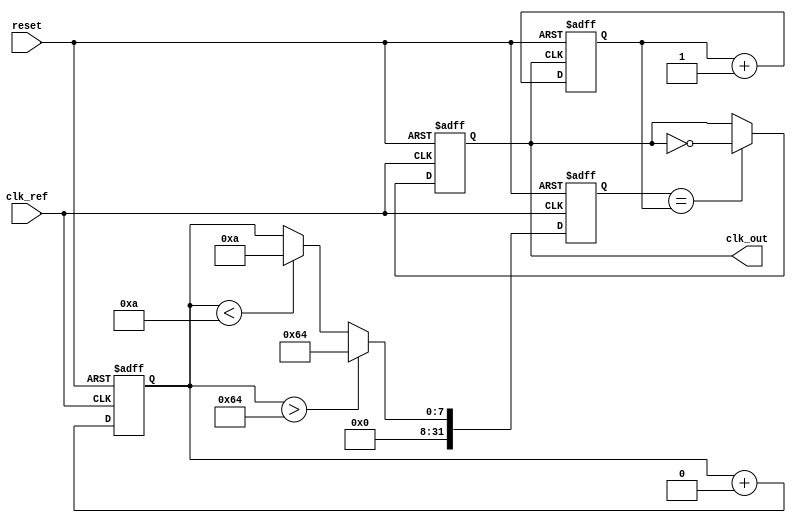
module type1_pll (
    input wire clk_ref,           // Reference clock input
    input wire reset,             // Asynchronous reset
    output reg clk_out            // Output clock
);

// Parameters
parameter integer VCO_MAX_FREQ = 100; // Maximum VCO frequency
parameter integer VCO_MIN_FREQ = 10;   // Minimum VCO frequency
parameter integer LOOP_BW = 10;        // Loop bandwidth
parameter integer PHASE_MARGIN = 5;    // Phase margin

// Internal signals
reg [7:0] phase_error;                // Phase error signal
reg [7:0] control_voltage;             // Control voltage for VCO
reg [31:0] vco_counter;                // VCO frequency divider
reg [31:0] vco_divider;                // VCO divider for output frequency
reg [31:0] feedback_counter;           // Feedback counter for phase comparison

// Phase Detector
always @(posedge clk_ref or posedge reset) begin
    if (reset) begin
        phase_error <= 0;
    end else begin
        // Simple phase detector logic
        if (vco_counter > feedback_counter) begin
            phase_error <= phase_error + 1; // Output leading
        end else if (vco_counter < feedback_counter) begin
            phase_error <= phase_error - 1; // Output lagging
        end
    end
end

// Low-Pass Filter (simple integrator)
always @(posedge clk_ref or posedge reset) begin
    if (reset) begin
        control_voltage <= 0;
    end else begin
        control_voltage <= control_voltage + (phase_error >> LOOP_BW);
    end
end

// Voltage-Controlled Oscillator (VCO)
always @(posedge clk_ref or posedge reset) begin
    if (reset) begin
        vco_counter <= VCO_MIN_FREQ; // Start at minimum frequency
        clk_out <= 0;
    end else begin
        // Adjust VCO frequency based on control voltage
        if (control_voltage > VCO_MAX_FREQ) begin
            vco_counter <= VCO_MAX_FREQ;
        end else if (control_voltage < VCO_MIN_FREQ) begin
            vco_counter <= VCO_MIN_FREQ;
        end else begin
            vco_counter <= control_voltage; // Set to control voltage
        end
        
        // Generate output clock based on VCO counter
        if (vco_counter == feedback_counter) begin
            clk_out <= ~clk_out; // Toggle output clock
        end
    end
end

// Feedback mechanism
always @(posedge clk_out or posedge reset) begin
    if (reset) begin
        feedback_counter <= 0;
    end else begin
        feedback_counter <= feedback_counter + 1; // Increment feedback counter
    end
end

endmodule